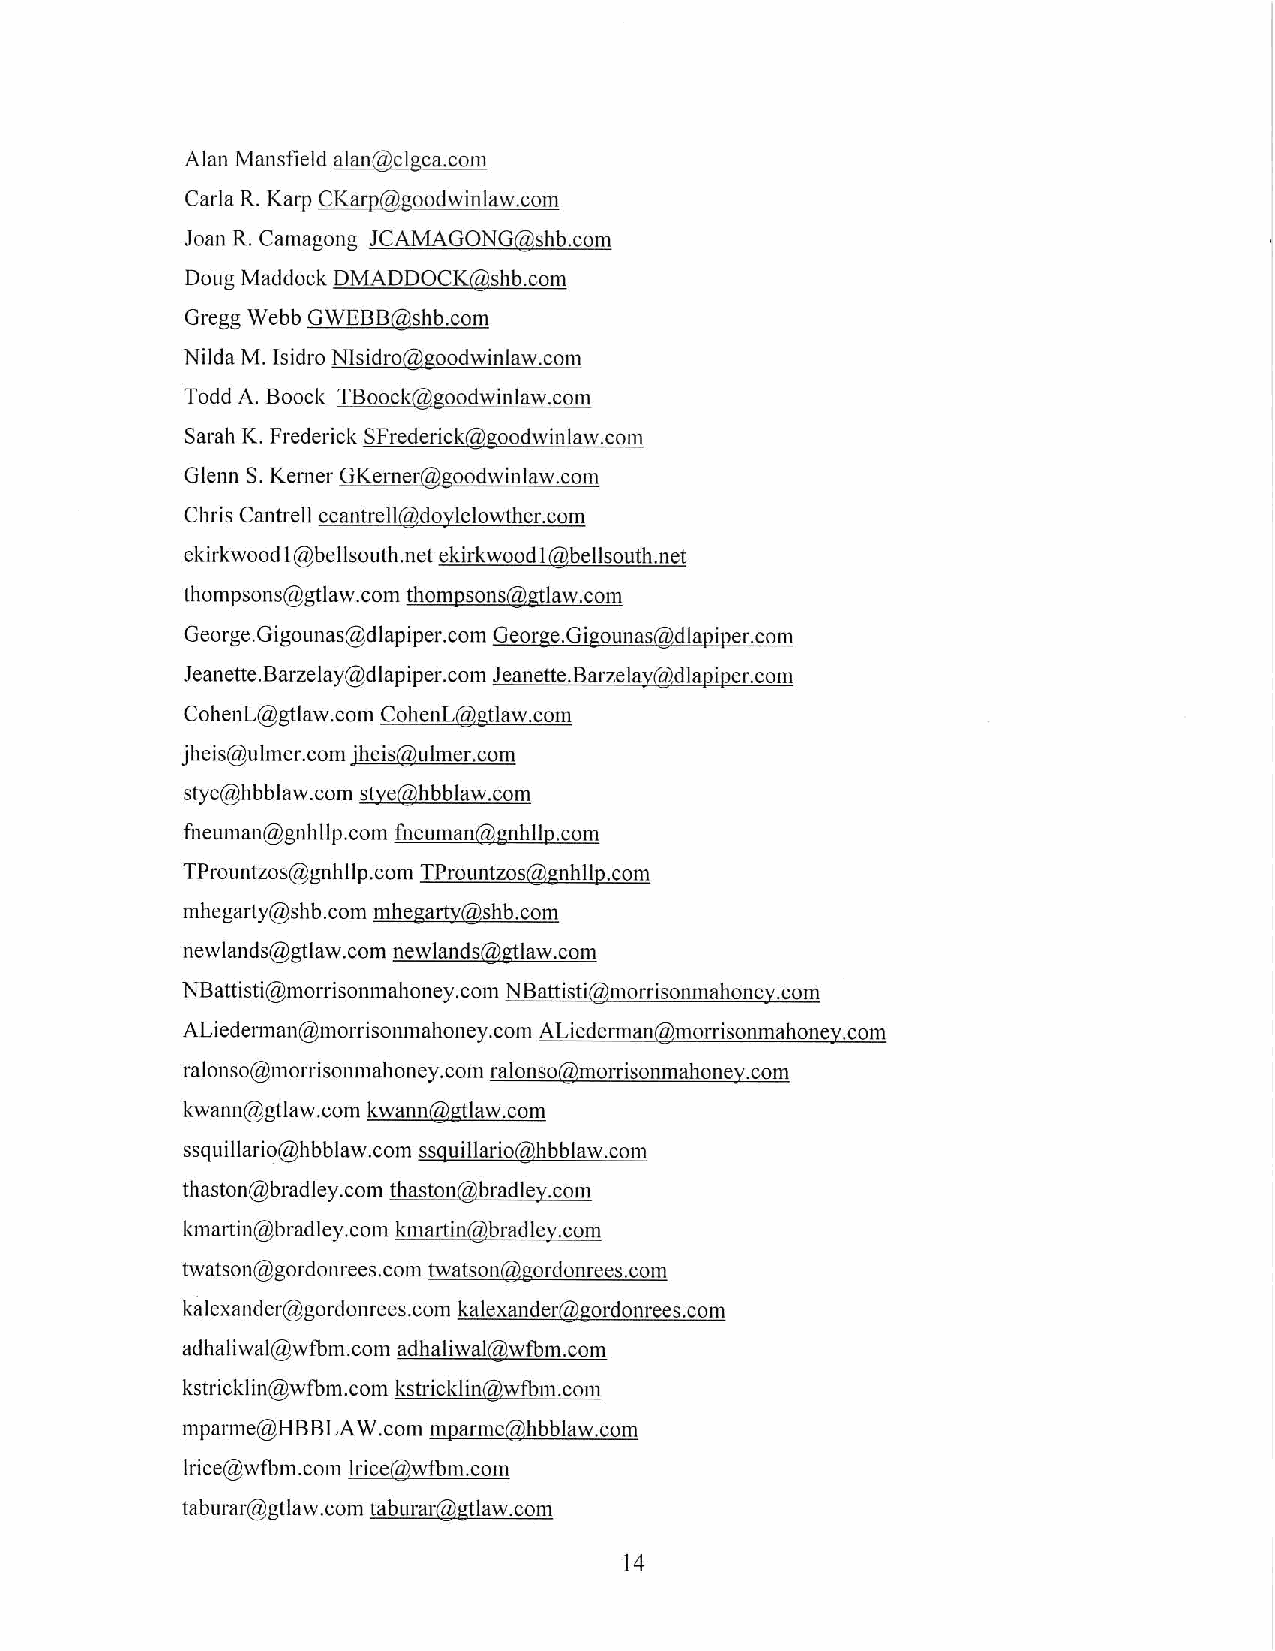
Alan Mansfield alan@clgca.com
 Carla R. Karp CKarp@goodwinlaw.com
 Joan R. Camagong JCAMAGONG@shb.com
 Doug Maddock DMADDOCK@shb.com
 Gregg Webb GWEBB@shb.com
 Nilda M. Isidro Nlsidro@goodwinlaw.com
 Todd A. Boock TBoock@goodwinlaw.com
 Sarah K. Frederick SFrederick@goodwinlaw.com
 Glenn S. Kerner GKerner@goodwinlaw.com
 Chris Cantrell ccantrell@doylelowther.com
 ekirkwood l@bellsouth.net ekirkwood l@bellsouth.net
 thompsons@gtlaw.com thompsons@gtlaw.com
 George.Gigounas@dlapiper.com George.Gigounas@dlapiper.com
 Jeanette.Barzelay@dlapiper.com Jeanette.Barzelay@dlapiper.com
 CohenL@gtlaw.com CohenL@gtlaw.com
 jheis@ulmer.com jheis@ulmer.com
 stye@hbblaw.com stye@hbblaw.com
 fneuman@gnhllp.com fneuman@gnhllp.com
 TPrountzos@gnhllp.com TPrountzos@gnhllp.com
 mhegaity@shb.com mhegarty@shb.com
 newlands@gtlaw.com newlands@gtlaw.com
 NBattisti@morrisonmahoney.com NBattisti@morrisonmahoney.com
 ALiederman@morrisonmahoney.com ALiederman@morrisonmahoney.com
 ralonso@morrisonmahoney.com ralonso@morrisonmahoney.com
 kwann@gtlaw.com kwann@gtlaw.com
 ssquillario@hbblaw.com ssquillario@hbblaw.com
 thaston@bradley.com thaston@bradley.com
 kmartin@bradley.com kmartin@bradley.com
 twatson@gordonrees.com twatson@gordonrees.com
 kalexander@gordonrees.com kalexander@gordonrees.com
 adhaliwal@wfbm.com adhaliwal@wfbm.com
 kstricklin@wfbm.com kstricklin@wfbm.com
 mparme@HBBLAW.com mparme@hbblaw.com
 lrice@wfbm.com lrice@wtbm.com
 taburar@gtlaw.com taburar@gtlaw.com
 14